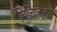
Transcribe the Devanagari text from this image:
मिचिहितो